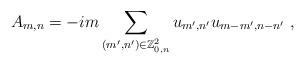
LaTeX: \begin{align*}A_{m,n} = -i m \sum_{(m',n') \in \mathbb{Z}^2_{0,n}}u_{m',n'} u_{m-m',n-n'} \ ,\end{align*}